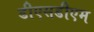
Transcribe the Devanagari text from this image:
डीएसडीएम